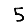
Digit: 5